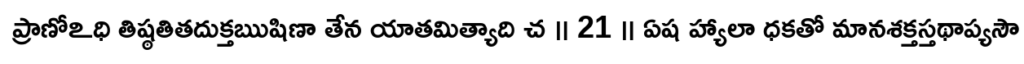
ప్రాణోఽధి తిష్ఠతితదుక్తఋషిణా తేన యాతమిత్యాది చ ॥ 21 ॥ ఏష హ్యాలా ధకతో మానశక్తస్తథాప్యసౌ